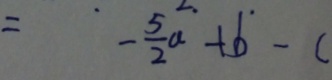
= - \frac { 5 } { 2 } a + b - c